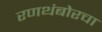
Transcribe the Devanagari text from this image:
रणथंबोरचा